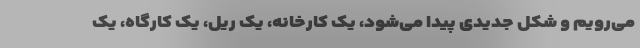
می‌رویم و شکل جدیدی پیدا می‌شود، یک کارخانه، یک ریل، یک کارگاه، یک